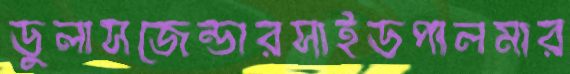
ডুলাসজেন্ডারসাইডপালমার